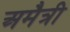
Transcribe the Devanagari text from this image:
अमैत्री